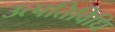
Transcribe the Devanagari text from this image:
उत्पतिविधि